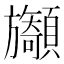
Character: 𩕲